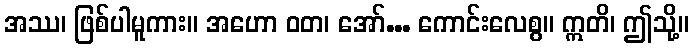
အဿ၊ ဖြစ်ပါမူကား။ အဟော ဝတ၊ အော်... ကောင်းလေစွ။ ဣတိ၊ ဤသို့။